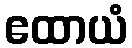
ဧထာယံ